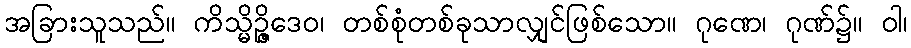
အခြားသူသည်။ ကိသ္မိဉ္ဇိဒေဝ၊ တစ်စုံတစ်ခုသာလျှင်ဖြစ်သော။ ဂုဏေ၊ ဂုဏ်၌။ ဝါ၊